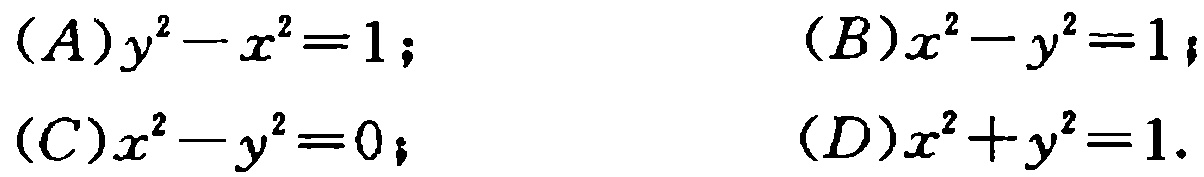
$(A)y^{2}-x^{2}=1; \ \ \ \ \ \ \ \ \ \ \ \ \ \ \ \ \ \ \ \ \ \ \ \ \ \ \ \ \ \ \ \ \ \ \ \ \ \ \ \ \ \ \ \ \ \ \ \ \ \ \ \ \ \ \ \ \ \ \ \ \ \ \ \ \ \ \ \ \ \ \ \ \ \ \ \ \ \ \ \ \ \ \ \ \ \ \ \ \ \ \ \ \ \ \ \ \ \ \ \ \ \ \ \ \ \ \ \ \ \ \ \ \ \ \ \ \ \ \ \ \ \ \ \ \ \ \ \ \ \ \ \ \ \ \ \ \ \ \ \ \ \ \ \ \ \ \ \ \ \ \ \ \ \ \ \ \ \ \ \ \ \ \ \ \ \ \ \ \ \ \ \ \ \ \ \ \ \ \ \ \ \ \ \ \ \ \ \ \ \ \ \ \ \ \ \ \ \ \ \ \ \ \ \ \ \ \ \ \ \ \ \ \ \ \ \ \ \ \ \ \ \ \ \ \ \ \ \ \ \ \ \ \ \ \ \ \ \ \ \ \ \ \ \ \ \ \ \ \ \ \ \ \ \ \ \ \ \ \ \ \ \ \ \ \ \ \ \ \ \ \ \ \ \ \ \ \ \ \ \ \ \ \ \ \ \ \ \ \ \ \ \ \ \ \ \ \ \ \ \ \ \ \ \ \ \ \ \ \ \ \ \ \ \ \ \ \ \ \ \ \ \ \ \ \ \ \ \ \ \ \ \ \ \ \ \ \ \ \ \ \ \ \ \ \ \ \ \ \ \ \ \ \ \ \ \ \ \ \ \ \ \ \ \ \ \ \ \ \ \ \ \ \ \ \ \ \ \ \ \ \ \ \ \ \ \ \ \ \ \ \ \ \ \ \ \ \ \ \ \ \ \ \ \ \ \ \ \ \ \ \ \ \ \ \ \ \ \ \ \ \ \ \ \ \ \ \ \ \ \ \ \ \ \ \ \ \ \ \ \ \ \ \ \ \ \ \ \ \ \ \ \ \ \ \ \ \ \ \ \ \ \ \ \ \ \ \ \ \ \ \ \ \ \ \ \ \ \ \ \ \ \ \ \ \ \ \ \ \ \ \ \ \ \ \ \ \ \ \ \ \ \ \ \ \ \ \ \ \ \ \ \ \ \ \ \ \ \ \ \ \ \ \ \ \ \ \ \ \ \ \ \ \ \ \ \ \ \ \ \ \ \ \ \ \ \ \ \ \ \ \ \ \ \ \ \ \ \ \ \ \ \ \ \ \ \ \ \ \ \ \ \ \ \ \ \ \ \ \ \ \ \ \ \ \ \ \ \ \ \ \ \ \ \ \ \ \ \ \ \ \ \ \ \ \ \ \ \ \ \ \ \ \ \ \ \ \ \ \ \ \ \ \ \ \ \ \ \ \ \ \ \ \ \ \ \ \ \ \ \ \ \ \ \ \ \ \ \ \ \ \ \ \ \ \ \ \ \ \ \ \ \ \ \ \ \ \ \ \ \ \ \ \ \ \ \ \ \ \ \ \ \ \ \ \ \ \ \ \ \ \ \ \ \ \ \ \ \ \ \ \ \ \ \ \ \ \ \ \ \ \ \ \ \ \ \ \ \ \ \ \ \ \ \ \ \ \ \ \ \ \ \ \ \ \ \ \ \ \ \ \ \ \ \ \ \ \ \ \ \ \ \ \ \ \ \ \ \ \ \ \ \ \ \ \ \ \ \ \ \ \ \ \ \ \ \ \ \ \ \ \ \ \ \ \ \ \ \ \ \ \ \ \ \ \ \ \ \ \ \ \ \ \ \ \ \ \ \ \ \ \ \ \ \ \ \ \ \ \ \ \ \ \ \ \ \ \ \ \ \ \ \ \ \ \ \ \ \ \ \ \ \ \ \ \ \ \ \ \ \ \ \ \ \ \ \ \ \ \ \ \ \ \ \ \ \ \ \ \ \ \ \ \ \ \ \ \ \ \ \ \ \ \ \ \ \ \ \ \ \ \ \ \ \ \ \ \ \ \ \ \ \ \ \ \ \ \ \ \ \ \ \ \ \ \ \ \ \ \ \ \ \ \ \ \ \ \ \ \ \ \ \ \ \ \ \ \ \ \ \ \ \ \ \ \ \ \ \ \ \ \ \ \ \ \ \ \ \ \ \ \ \ \ \ \ \ \ \ \ \ \ \ \ \ \ \ \ \ \ \ \ \ \ \ \ \ \ \ \ \ \ \ \ \ \ \ \ \ \ \ \ \ \ \ \ \ \ \ \ \ \ \ \ \ \ \ \ \ \ \ \ \ \ \ \ \ \ \ \ \ \ \ \ \ \ \ \ \ \ \ \ \ \ \ \ \ \ \ \ \ \ \ \ \ \ \ \ \ \ \ \ \ \ \ \ \ \ \ \ \ \ \ \ \ \ \ \ \ \ \ \ \ \ \ \ \ \ \ \ \ \ \ \ \ \ \ \ \ \ \ \ \ \ \ \ \ \ \ \ \ \ \ \ \ \ \ \ \ \ \ \ \ \ \ \ \ \ \ \ \ \ \ \ \ \ \ \ \ \ \ \ \ \ \ \ \ \ \ \ \ \ \ \ \ \ \ \ \ \ \ \ \ \ \ \ \ \ \ \ \ \ \ \ \ \ \ \ \ \ \ \ \ \ \ \ \ \ \ \ \ \ \ \ \ \ \ \ \ \ \ \ \ \ \ \ \ \ \ \ \ \ \ \ \ \ \ \ \ \ \ \ \ \ \ \ \ \ \ \ \ \ \ \ \ \ \ \ \ \ \ \ \ \ \ \ \ \ \ \ \ \ \ \ \ \ \ \ \ \ \ \ \ \ \ \ \ \ \ \ \ \ \ \ \ \ \ \ \ \ \ \ \ \ \ \ \ \ \ \ \ \ \ \ \ \ \ \ \ \ \ \ \ \ \ \ \ \ \ \ \ \ \ \ \ \ \ \ \ \ \ \ \ \ \ \ \ \ \ \ \ \ \ \ \ \ \ \ \ \ \ \ \ \ \ \ \ \ \ \ \ \ \ \ \ \ \ \ \ \ \ \ \ \ \ \ \ \ \ \ \ \ \ \ \ \ \ \ \ \ \ \ \ \ \ \ \ \ \ \ \ \ \ \ \ \ \ \ \ \ \ \ \ \ \ \ \ \ \ \ \ \ \ \ \ \ \ \ \ \ \ \ \ \ \ \ \ \ \ \ \ \ \ \ \ \ \ \ \ \ \ \ \ \ \ \ \ \ \ \ \ \ \ \ \ \ \ \ \ \ \ \ \ \ \ \ \ \ \ \ \ \ \ \ \ \ \ \ \ \ \ \ \ \ \ \ \ \ \ \ \ \ \ \ \ \ \ \ \ \ \ \ \ \ \ \ \ \ \ \ \ \ \ \ \ \ \ \ \ \ \ \ \ \ \ \ \ \ \ \ \ \ \ \ \ \ \ \ \ \ \ \ \ \ \ \ \ \ \ \ \ \ \ \ \ \ \ \ \ \ \ \ \ \ \ \ \ \ \ \ \ \ \ \ \ \ \ \ \ \ \ \ \ \ \ \ \ \ \ \ \ \ \ \ \ \ \ \ \ \ \ \ \ \ \ \ \ \ \ \ \ \ \ \ \ \ \ \ \ \ \ \ \ \ \ \ \ \ \ \ \ \ \ \ \ \ \ \ \ \ \ \ \ \ \ \ \ \ \ \ \ \ \ \ \ \ \ \ \ \ \ \ \ \ \ \ \ \ \ \ \ \ \ \ \ \ \ \ \ \ \ \ \ \ \ \ \ \ \ \ \ \ \ \ \ \ \ \ \ \ \ \ \ \ \ \ \ \ \ \ \ \ \ \ \ \ \ \ \ \ \ \ \ \ \ \ \ \ \ \ \ \ \ \ \ \ \ \ \ \ \ \ \ \ \ \ \ \ \ \ \ \ \ \ \ \ \ \ \ \ \ \ \ \ \ \ \ \ \ \ \ \ \ \ \ \ \ \ \ \ \ \ \ \ \ \ \ \ \ \ \ \ \ \ \ \ \ \ \ \ \ \ \ \ \ \ \ \ \ \ \ \ \ \ \ \ \ \ \ \ \ \ \ \ \ \ \ \ \ \ \ \ \ \ \ \ \ \ \ \ \ \ \ \ \ \ \ \ \ \ \ \ \ \ \ \ \ \ \ \ \ \ \ \ \ \ \ \ \ \ \ \ \ \ \ \ \ \ \ \ \ \ \ \ \ \ \ \ \ \ \ \ \ \ \ \ \ \ \ \ \ \ \ \ \ \ \ \ \ \ \ \ \ \ \ \ \ \ \ \ \ \ \ \ \ \ \ \ \ \ \ \ \ \ \ \ \ \ \ \ \ \ \ \ \ \ \ \ \ \ \ \ \ \ \ \ \ \ \ \ \ \ \ \ \ \ \ \ \ \ \ \ \ \ \ \ \ \ \ \ \ \ \ \ \ \ \ \ \ \ \ \ \ \ \ \ \ \ \ \ \ \ \ \ \ \ \ \ \ \ \ \ \ \ \ \ \ \ \ \ \ \ \ \ \ \ \ \ \ \ \ \ \ \ \ \ \ \ \ \ \ \ \ \ \ \ \ \ \ \ \ \ \ \ \ \ \ \ \ \ \ \ \ \ \ \ \ \ \ \ \ \ \ \ \ \ \ \ \ \ \ \ \ \ \ \ \ \ \ \ \ \ \ \ \ \ \ \ \ \ \ \ \ \ \ \ \ \ \ \ \ \ \ \ \ \ \ \ \ \ \ \ \ \ \ \ \ \ \ \ \ \ \ \ \ \ \ \ \ \ \ \ \ \ \ \ \ \ \ \ \ \ \ \ \ \ \ \ \ \ \ \ \ \ \ \ \ \ \ \ \ \ \ \ \ \ \ \ \ \ \ \ \ \ \ \ \ \ \ \ \ \ \ \ \ \ \ \ \ \ \ \ \ \ \ \ \ \ \ \ \ \ \ \ \ \ \ \ \ \ \ \ \ \ \ \ \ \ \ \ \ \ \ \ \ \ \ \ \ \ \ \ \ \ \ \ \ \ \ \ \ \ \ \ \ \ \ \ \ \ \ \ \ \ \ \ \ \ \ \ \ \ \ \ \ \ \ \ \ \ \ \ \ \ \ \ \ \ \ \ \ \ \ \ \ \ \ \ \ \ \ \ \ \ \ \ \ \ \ \ \ \ \ \ \ \ \ \ \ \ \ \ \ \ \ \ \ \ \ \ \ \ \ \ \ \ \ \ \ \ \ \ \ \ \ \ \ \ \ \ \ \ \ \ \ \ \ \ \ \ \ \ \ \ \ \ \ \ \ \ \ \ \ \ \ \ \ \ \ \ \ \ \ \ \ \ \ \ \ \ \ \ \ \ \ \ \ \ \ \ \ \ \ \ \ \ \ \ \ \ \ \ \ \ \ \ \ \ \ \ \ \ \ \ \ \ \ \ \ \ \ \ \ \ \ \ \ \ \ \ \ \ \ \ \ \ \ \ \ \ \ \ \ \ \ \ \ \ \ \ \ \ \ \ \ \ \ \ \ \ \ \ \ \ \ \ \ \ \ \ \ \ \ \ \ \ \ \ \ \ \ \ \ \ \ \ \ \ \ \ \ \ \ \ \ \ \ \ \ \ \ \ \ \ \ \ \ \ \ \ \ \ \ \ \ \ \ \ \ \ \ \ \ \ \ \ \ \ \ \ \ \ \ \ \ \ \ \ \ \ \ \ \ \ \ \ \ \ \ \ \ \ \ \ \ \ \ \ \ \ \ \ \ \ \ \ \ \ \ \ \ \ \ \ \ \ \ \ \ \ \ \ \ \ \ \ \ \ \ \ \ \ \ \ \ \ \ \ \ \ \ \ \ \ \ \ \ \ \ \ \ \ \ \ \ \ \ \ \ \ \ \ \ \ \ \ \ \ \ \ \ \ \ \ \ \ \ \ \ \ \ \ \ \ \ \ \ \ \ \ \ \ \ \ \ \ \ \ \ \ \ \ \ \ \ \ \ \ \ \ \ \ \ \ \ \ \ \ \ \ \ \ \ \ \ \ \ \ \ \ \ \ \ \ \ \ \ \ \ \ \ \ \ \ \ \ \ \ \ \ \ \ \ \ \ \ \ \ \ \ \ \ \ \ \ \ \ \ \ \ \ \ \ \ \ \ \ \ \ \ \ \ \ \ \ \ \ \ \ \ \ \ \ \ \ \ \ \ \ \ \ \ \ \ \ \ \ \ \ \ \ \ \ \ \ \ \ \ \ \ \ \ \ \ \ \ \ \ \ \ \ \ \ \ \ \ \ \ \ \ \ \ \ \ \ \ \ \ \ \ \ \ \ \ \ \ \ \ \ \ \ \ \ \ \ \ \ \ \ \ \ \ \ \ \ \ \ \ \ \ \ \ \ \ \ \ \ \ \ \ \ \ \ \ \ \ \ \ \ \ \ \ \ \ \ \ \ \ \ \ \ \ \ \ \ \ \ \ \ \ \ \ \ \ \ \ \ \ \ \ \ \ \ \ \ \ \ \ \ \ \ \ \ \ \ \ \ \ \ \ \ \ \ \ \ \ \ \ \ \ \ \ \ \ \ \ \ \ \ \ \ \ \ \ \ \ \ \ \ \ \ \ \ \ \ \ \ \ \ \ \ \ \ \ \ \ \ \ \ \ \ \ \ \ \ \ \ \ \ \ \ \ \ \ \ \ \ \ \ \ \ \ \ \ \ \ \ \ \ \ \ \ \ \ \ \ \ \ \ \ \ \ \ \ \ \ \ \ \ \ \ \ \ \ \ \ \ \ \ \ \ \ \ \ \ \ \ \ \ \ \ \ \ \ \ \ \ \ \ \ \ \ \ \ \ \ \ \ \ \ \ \ \ \ \ \ \ \ \ \ \ \ \ \ \ \ \ \ \ \ \ \ \ \ \ \ \ \ \ \ \ \ \ \ \ \ \ \ \ \ \ \ \ \ \ \ \ \ \ \ \ \ \ \ \ \ \ \ \ \ \ \ \ \ \ \ \ \ \ \ \ \ \ \ \ \ \ \ \ \ \ \ \ \ \ \ \ \ \ \ \ \ \ \ \ \ \ \ \ \ \ \ \ \ \ \ \ \ \ \ \ \ \ \ \ \ \ \ \ \ \ \ \ \ \ \ \ \ \ \ \ \ \ \ \ \ \ \ \ \ \ \ \ \ \ \ \ \ \ \ \ \ \ \ \ \ \ \ \ \ \ \ \ \ \ \ \ \ \ \ \ \ \ \ \ \ \ \ \ \ \ \ \ \ \ \ \ \ \ \ \ \ \ \ \ \ \ \ \ \ \ \ \ \ \ \ \ \ \ \ \ \ \ \ \ \ \ \ \ \ \ \ \ \ \ \ \ \ \ \ \ \ \ \ \ \ \ \ \ \ \ \ \ \ \ \ \ \ \ \ \ \ \ \ \ \ \ \ \ \ \ \ \ \ \ \ \ \ \ \ \ \ \ \ \ \ \ \ \ \ \ \ \ \ \ \ \ \ \ \ \ \ \ \ \ \ \ \ \ \ \ \ \ \ \ \ \ \ \ \ \ \ \ \ \ \ \ \ \ \ \ \ \ \ \ \ \ \ \ \ \ \ \ \ \ \ \ \ \ \ \ \ \ \ \ \ \ \ \ \ \ \ \ \ \ \ \ \ \ \ \ \ \ \ \ \ \ \ \ \ \ \ \ \ \ \ \ \ \ \ \ \ \ \ \ \ \ \ \ \ \ \ \ \ \ \ \ \ \ \ \ \ \ \ \ \ \ \ \ \ \ \ \ \ \ \ \ \ \ \ \ \ \ \ \ \ \ \ \ \ \ \ \ \ \ \ \ \ \ \ \ \ \ \ \ \ \ \ \ \ \ \ \ \ \ \ \ \ \ \ \ \ \ \ \ \ \ \ \ \ \ \ \ \ \ \ \ \ \ \ \ \ \ \ \ \ \ \ \ \ \ \ \ \ \ \ \ \ \ \ \ \ \ \ \ \ \ \ \ \ \ \ \ \ \ \ \ \ \ \ \ \ \ \ \ \ \ \ \ \ \ \ \ \ \ \ \ \ \ \ \ \ \ \ \ \ \ \ \ \ \ \ \ \ \ \ \ \ \ \ \ \ \ \ \ \ \ \ \ \ \ \ \ \ \ \ \ \ \ \ \ \ \ \ \ \ \ \ \ \ \ \ \ \ \ \ \ \ \ \ \ \ \ \ \ \ \ \ \ \ \ \ \ \ \ \ \ \ \ \ \ \ \ \ \ \ \ \ \ \ \ \ \ \ \ \ \ \ \ \ \ \ \ \ \ \ \ \ \ \ \ \ \ \ \ \ \ \ \ \ \ \ \ \ \ \ \ \ \ \ \ \ \ \ \ \ \ \ \ \ \ \ \ \ \ \ \ \ \ \ \ \ \ \ \ \ \ \ \ \ \ \ \ \ \ \ \ \ \ \ \ \ \ \ \ \ \ \ \ \ \ \ \ \ \ \ \ \ \ \ \ \ \ \ \ \ \ \ \ \ \ \ \ \ \ \ \ \ \ \ \ \ \ \ \ \ \ \ \ \ \ \ \ \ \ \ \ \ \ \ \ \ \ \ \ \ \ \ \ \ \ \ \ \ \ \ \ \ \ \ \ \ \ \ \ \ \ \ \ \ \ \ \ \ \ \ \ \ \ \ \ \ \ \ \ \ \ \ \ \ \ \ \ \ \ \ \ \ \ \ \ \ \ \ \ \ \ \ \ \ \ \ \ \ \ \ \ \ \ \ \ \ \ \ \ \ \ \ \ \ \ \ \ \ \ \ \ \ \ \ \ \ \ \ \ \ \ \ \ \ \ \ \ \ \ \ \ \ \ \ \ \ \ \ \ \ \ \ \ \ \ \ \ \ \ \ \ \ \ \ \ \ \ \ \ \ \ \ \ \ \ \ \ \ \ \ \ \ \ \ \ \ \ \ \ \ \ \ \ \ \ \ \ \ \ \ \ \ \ \ \ \ \ \ \ \ \ \ \ \ \ \ \ \ \ \ \ \ \ \ \ \ \ \ \ \ \ \ \ \ \ \ \ \ \ \ \ \ \ \ \ \ \ \ \ \ \ \ \ \ \ \ \ \ \ \ \ \ \ \ \ \ \ \ \ \ \ \ \ \ \ \ \ \